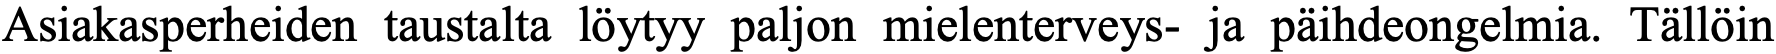
Asiakasperheiden taustalta löytyy paljon mielenterveys- ja päihdeongelmia. Tällöin